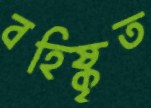
বহিষ্কৃত